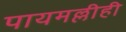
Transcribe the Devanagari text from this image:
पायमल्लीही